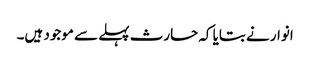
انوار نے بتایا کہ حارث پہلے سے موجود ہیں۔